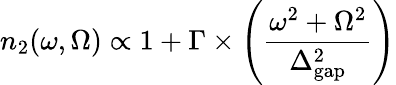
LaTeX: n_{2}(\omega,\Omega)\propto 1+\Gamma\times\left(\frac{\omega^{2}+\Omega^{2}}{\Delta_{\mathrm{gap}}^{2}}\right)